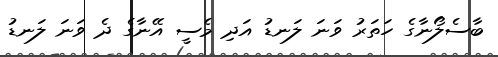
ބާސެލޯނާގެ ހަތަރު ވަނަ ލަނޑު އަދި މެސީ އޭނާގެ ދެ ވަނަ ލަނޑު